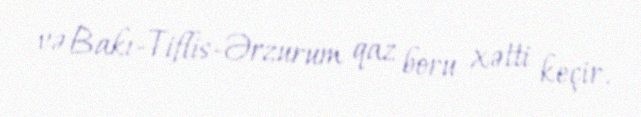
və Bakı-Tiflis-Ərzurum qaz boru xətti keçir.